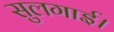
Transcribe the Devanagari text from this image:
सुलगाई।